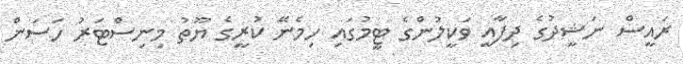
ރައީސް ނަޝީދުގެ ދިފާއީ ވަކީލުންގެ ޓީމުގައި ހިމެނޭ ކުރީގެ ޔޫތު މިނިސްޓަރު ހަސަން